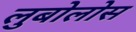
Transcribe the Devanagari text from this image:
लुबोलोस